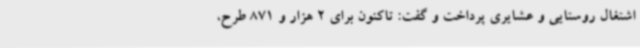
اشتغال روستایی و عشایری پرداخت و گفت: تاکنون برای 2 هزار و 871 طرح،